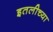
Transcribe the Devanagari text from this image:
इतलीच्या